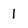
Character: 1